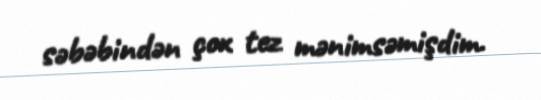
səbəbindən çox tez mənimsəmişdim.